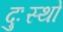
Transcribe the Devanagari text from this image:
दुःस्थो